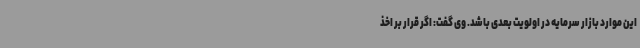
این موارد بازار سرمایه در اولویت بعدی باشد. وی گفت: اگر قرار بر اخذ